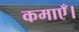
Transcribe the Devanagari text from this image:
कमाएँ।